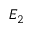
E _ { 2 }